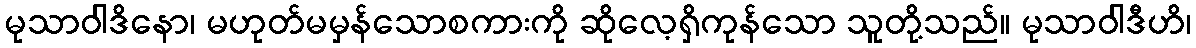
မုသာဝါဒိနော၊ မဟုတ်မမှန်သောစကားကို ဆိုလေ့ရှိကုန်သော သူတို့သည်။ မုသာဝါဒီဟိ၊